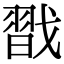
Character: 㦻